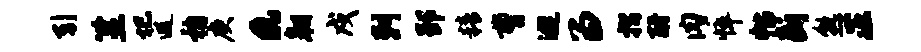
引筮圮遐稽庚a翱戍剌郢精曹逃留摺酹肉悴帖断熟正